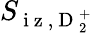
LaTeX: S_{\mathrm{~i~z~},\mathrm{~D~}_{2}^{+}}